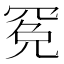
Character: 𱻁